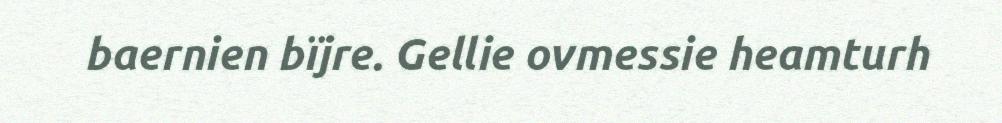
baernien bïjre. Gellie ovmessie heamturh